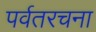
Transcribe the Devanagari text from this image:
पर्वतरचना